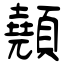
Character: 顤